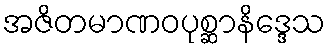
အဇိတမာဏဝပုစ္ဆာနိဒ္ဒေသ